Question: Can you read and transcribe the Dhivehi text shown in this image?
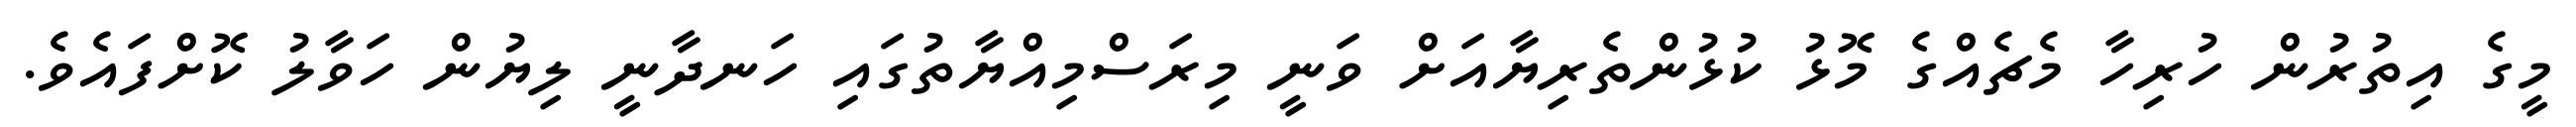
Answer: މީގެ އިތުރުން ހުރިހާ މެޗެއްގެ މޮޅު ކުޅުންތެރިޔާއަށް ވަނީ މިރަސްމިއްޔާތުގައި ހަނދާނީ ލިޔުން ހަވާލު ކޮށްފައެވެ.